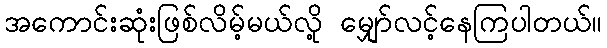
အကောင်းဆုံးဖြစ်လိမ့်မယ်လို့ မျှော်လင့်နေကြပါတယ်။